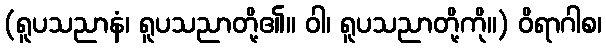
(ရူပသညာနံ၊ ရူပသညာတို့၏။ ဝါ၊ ရူပသညာတို့ကို။) ဝိရာဂါစ၊